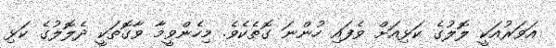
އަވަރުއަކީ ލޮލުގެ ކަޅިއަށް ވެފައި ހުންނަ ގޮތެކެވެ. މިހެންވީމާ ވާގޮތަކީ ދެލޮލުގެ ކަޅި